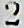
2